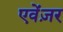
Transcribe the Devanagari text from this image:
एवेंज़र